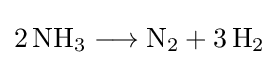
{2\,\mathrm {NH} {\vphantom {A}}_{\smash[{t}]{3}}{}\mathrel {\longrightarrow } {}\mathrm {N} {\vphantom {A}}_{\smash[{t}]{2}}{}+{}3\,\mathrm {H} {\vphantom {A}}_{\smash[{t}]{2}}}